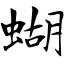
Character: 蝴